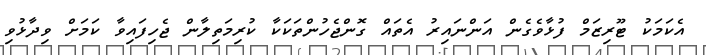
އެކަމަކު ޓޫރިޒަމް ފުޅާވެގެން އަންނައިރު އެތައް ގޮންޖެހުންތަކަކާ ކުރިމަތިލާން ޖެހިފައިވާ ކަމަށް ވިދާޅުވި